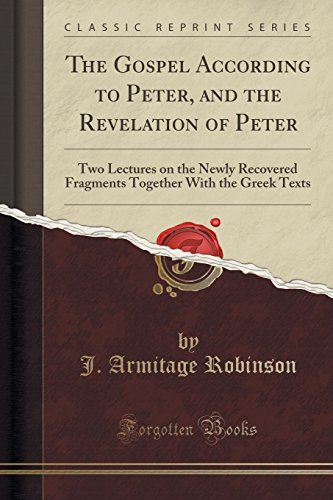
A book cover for The Gospel According to Peter, and the Revelation of Peter: Two Lectures on the Newly Recovered Fragments Together With the Greek Texts (Classic Reprint); J. Armitage Robinson; Literature & Fiction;